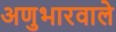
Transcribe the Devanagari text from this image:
अणुभारवाले